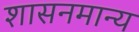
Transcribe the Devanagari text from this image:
शासनमान्‍य